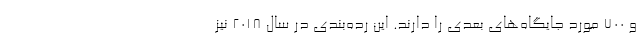
و ۷۰۰ مورد جایگاه‌های بعدی را دارند. این رده‌بندی در سال ۲۰۱۸ نیز